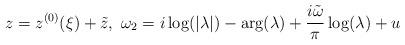
LaTeX: \begin{align*}z = z^{(0)}(\xi) + \tilde{z}, ~\omega_2 = i\log(|\lambda|) -\arg(\lambda) + \frac{i\tilde{\omega}}{\pi}\log(\lambda) +u\end{align*}